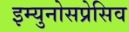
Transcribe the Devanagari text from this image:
इम्युनोसप्रेसिव